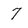
Character: 7